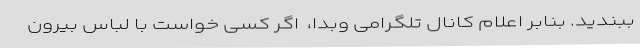
ببندید. بنابر اعلام کانال تلگرامی وبدا، ‌ اگر کسی خواست با لباس بیرون